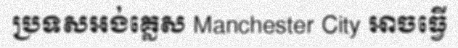
ប្រទសអង់គ្លេស Manchester City អាចធ្វើ